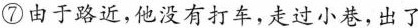
⑦由于路近，他没有打车，走过小巷，出了